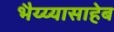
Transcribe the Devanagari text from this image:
भैय्य्यासाहेब